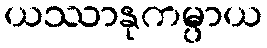
ယဿာနုကမ္ပာယ